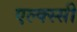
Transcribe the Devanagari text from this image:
एल्क्स्सी